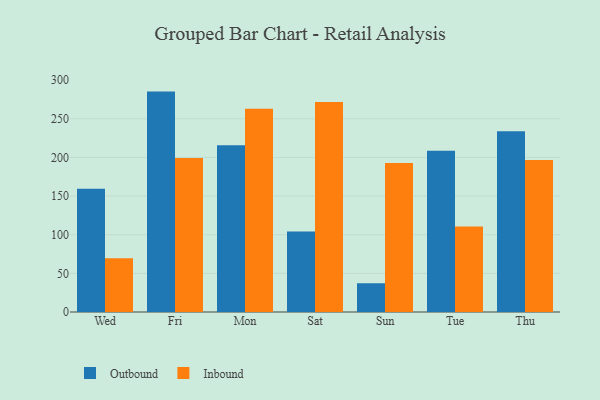
{"axis": {"x": "Day", "y": "Production Output"}, "legend": ["Inbound", "Outbound"], "data": [{"x": "Wed", "y": 159.5, "type": "Outbound"}, {"x": "Wed", "y": 69.6, "type": "Inbound"}, {"x": "Fri", "y": 285.2, "type": "Outbound"}, {"x": "Fri", "y": 199.3, "type": "Inbound"}, {"x": "Mon", "y": 215.9, "type": "Outbound"}, {"x": "Mon", "y": 263.1, "type": "Inbound"}, {"x": "Sat", "y": 104.1, "type": "Outbound"}, {"x": "Sat", "y": 271.7, "type": "Inbound"}, {"x": "Sun", "y": 37.2, "type": "Outbound"}, {"x": "Sun", "y": 192.8, "type": "Inbound"}, {"x": "Tue", "y": 208.6, "type": "Outbound"}, {"x": "Tue", "y": 110.6, "type": "Inbound"}, {"x": "Thu", "y": 233.9, "type": "Outbound"}, {"x": "Thu", "y": 196.6, "type": "Inbound"}]}